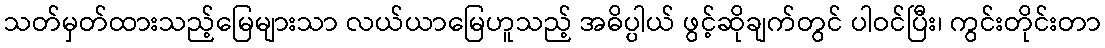
သတ်မှတ်ထားသည့်မြေများသာ လယ်ယာမြေဟူသည့် အဓိပ္ပါယ် ဖွင့်ဆိုချက်တွင် ပါဝင်ပြီး၊ ကွင်းတိုင်းတာ